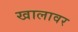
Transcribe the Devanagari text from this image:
खालावर